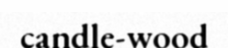
candle-wood